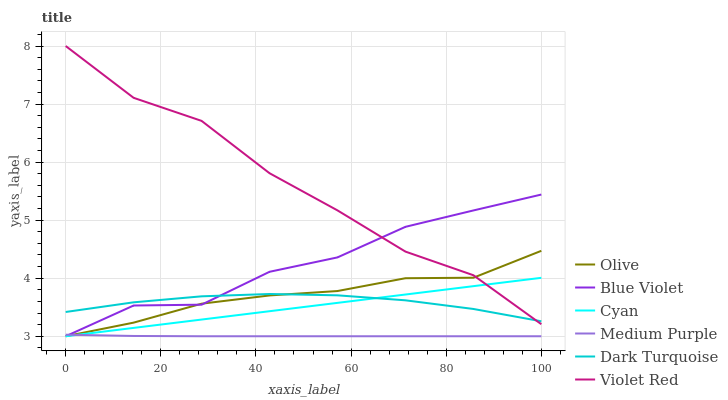
| xaxis_label | Olive | Blue Violet | Cyan | Medium Purple | Dark Turquoise | Violet Red |
 | --- | --- | --- | --- | --- | --- | --- |
 | 0 | 3 | 3 | 3 | 3.03 | 3.42 | 8 |
 | 14.3 | 3.23 | 3.53 | 3.14 | 3 | 3.58 | 7.11 |
 | 28.6 | 3.56 | 3.54 | 3.29 | 3 | 3.69 | 6.71 |
 | 42.9 | 3.7 | 4.11 | 3.43 | 3 | 3.73 | 5.81 |
 | 57.1 | 3.78 | 4.36 | 3.58 | 3 | 3.71 | 5.17 |
 | 71.4 | 4 | 4.88 | 3.72 | 3 | 3.62 | 4.46 |
 | 85.7 | 4.01 | 5.17 | 3.86 | 3 | 3.47 | 4.05 |
 | 100 | 4.47 | 5.44 | 4.01 | 3 | 3.26 | 3.21 |